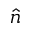
\hat { n }